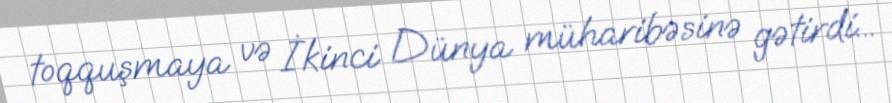
toqquşmaya və İkinci Dünya müharibəsinə gətirdi...